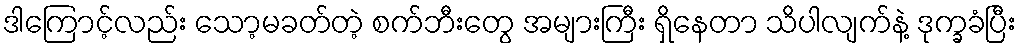
ဒါကြောင့်လည်း သော့မခတ်တဲ့ စက်ဘီးတွေ အများကြီး ရှိနေတာ သိပါလျက်နဲ့ ဒုက္ခခံပြီး